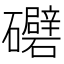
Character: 𥗲